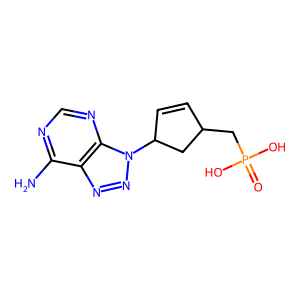
SMILES: Nc1ncnc2c1nnn2C1C=CC(CP(=O)(O)O)C1
Inhibits HIV replication: No